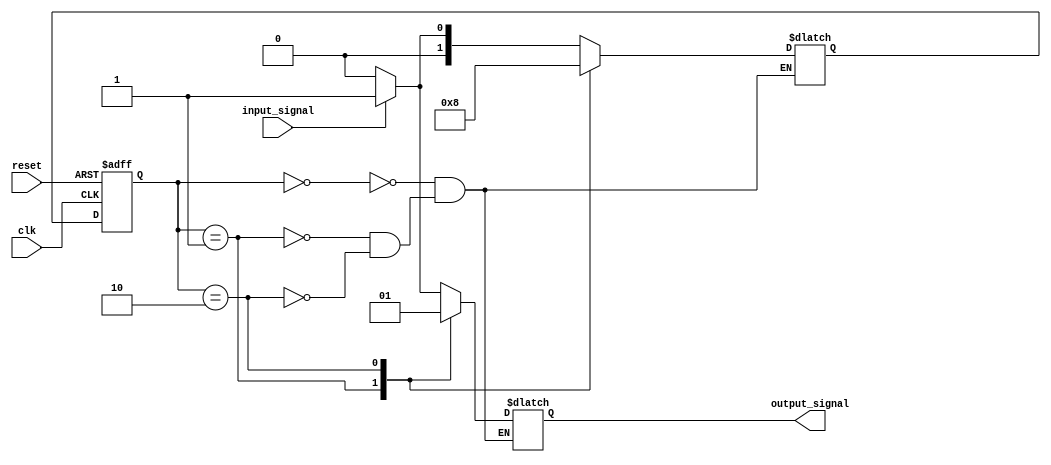
module mealy_state_machine (
    input wire clk,
    input wire reset,
    input wire input_signal,
    output reg output_signal
);

// Define state encoding
parameter STATE_A = 2'b00;
parameter STATE_B = 2'b01;
parameter STATE_C = 2'b10;

// Define state variables
reg [1:0] current_state, next_state;

// State register
always @(posedge clk or posedge reset) begin
    if (reset) begin
        current_state <= STATE_A;
    end else begin
        current_state <= next_state;
    end
end

// Next state logic and output logic
always @(*) begin
    case (current_state)
        STATE_A: begin
            if (input_signal) begin
                next_state = STATE_B;
                output_signal = 1'b1;
            end else begin
                next_state = STATE_A;
                output_signal = 1'b0;
            end
        end
        STATE_B: begin
            next_state = STATE_C;
            output_signal = 1'b0;
        end
        STATE_C: begin
            next_state = STATE_A;
            output_signal = 1'b1;
        end
    endcase
end

endmodule